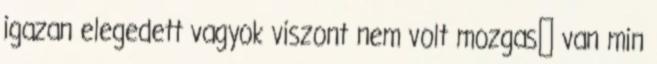
igazan elegedett vagyok viszont nem volt mozgas😁 van min